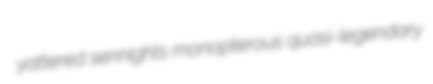
yattered sennights monopterous quasi-legendary